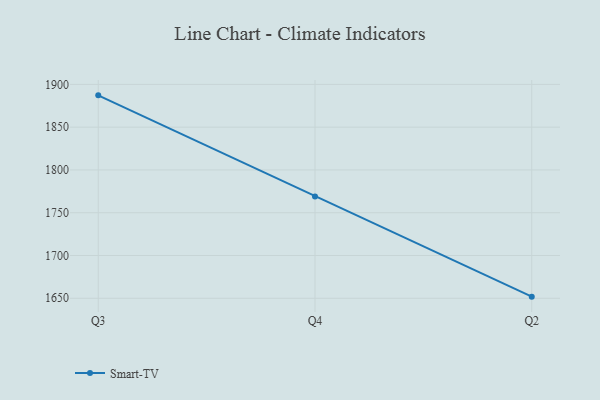
{"axis": {"x": "Quarter", "y": "Bounce Rate (%)"}, "legend": ["Smart-TV"], "data": [{"x": "Q3", "y": 1887.2, "type": "Smart-TV"}, {"x": "Q4", "y": 1769.1, "type": "Smart-TV"}, {"x": "Q2", "y": 1651.9, "type": "Smart-TV"}]}